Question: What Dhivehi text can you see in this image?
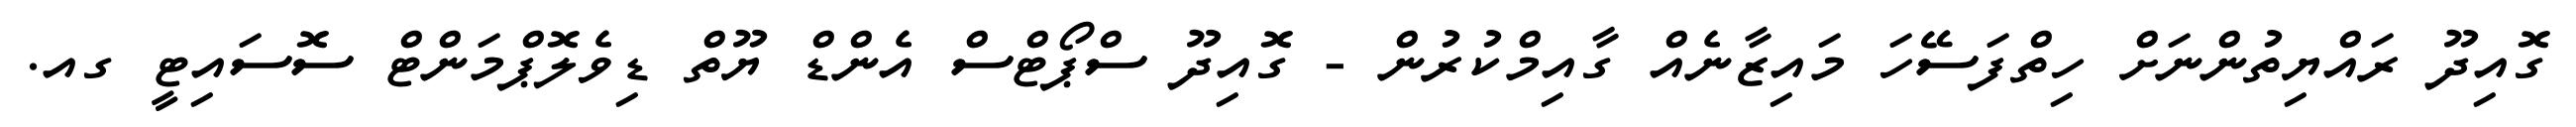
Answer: ގޮއިދޫ ރައްޔިތުންނަށް ހިތްފަސޭހަ މައިޒާނެއް ގާއިމްކުރުން - ގޮއިދޫ ސްޕޯޓްސް އެންޑް ޔޫތް ޑިވެލޮޕްމަންޓް ސޮސައިޓީ ގއ.